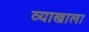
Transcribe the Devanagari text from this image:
व्‍याखाला